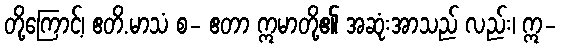
တို့ကြောင့်၊ ဧတိ.မာသံ စ- ဧတာ ဣမာတို့၏ အဆုံးအာသည် လည်း၊ ဣ-